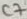
Text: C7